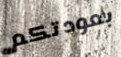
بعودتكم